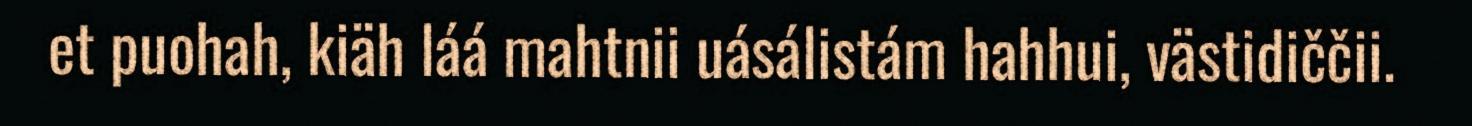
et puohah, kiäh láá mahtnii uásálistám hahhui, västidiččii.